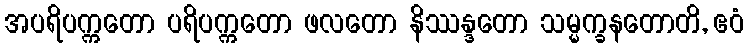
အပရိပက္ကတော ပရိပက္ကတော ဖလတော နိဿန္ဒတော သမ္မက္ခနတောတိ, ဧဝံ